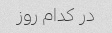
در کدام روز